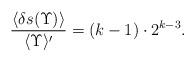
LaTeX: \begin{align*} \frac{\langle\delta s(\Upsilon)\rangle}{\langle\Upsilon\rangle'}=(k-1)\cdot2^{k-3}. \end{align*}